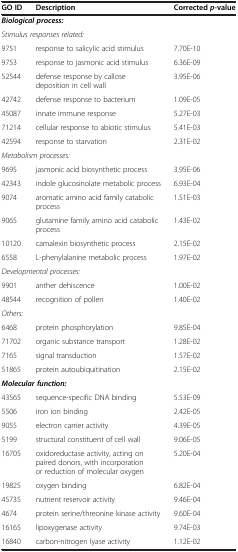
| GO ID | Description | Correctedp-value |
 | --- | --- | --- |
 | <COLSPAN=2> Biological process: |  |
 | <COLSPAN=2> Stimulus responses related: |  |
 | 9751 | response to salicylic acid stimulus | 7.70E-10 |
 | 9753 | response to jasmonic acid stimulus | 6.36E-09 |
 | 52544 | defense response by callose deposition in cell wall | 3.95E-06 |
 | 42742 | defense response to bacterium | 1.09E-05 |
 | 45087 | innate immune response | 5.27E-03 |
 | 71214 | cellular response to abiotic stimulus | 5.41E-03 |
 | 42594 | response to starvation | 2.31E-02 |
 | <COLSPAN=2> Metabolism processes: |  |
 | 9695 | jasmonic acid biosynthetic process | 3.95E-06 |
 | 42343 | indole glucosinolate metabolic process | 6.93E-04 |
 | 9074 | aromatic amino acid family catabolic process | 1.51E-03 |
 | 9065 | glutamine family amino acid catabolic process | 1.43E-02 |
 | 10120 | camalexin biosynthetic process | 2.15E-02 |
 | 6558 | L-phenylalanine metabolic process | 1.97E-02 |
 | <COLSPAN=2> Developmental processes: |  |
 | 9901 | anther dehiscence | 1.00E-02 |
 | 48544 | recognition of pollen | 1.40E-02 |
 | Others: |  |  |
 | 6468 | protein phosphorylation | 9.85E-04 |
 | 71702 | organic substance transport | 1.28E-02 |
 | 7165 | signal transduction | 1.57E-02 |
 | 51865 | protein autoubiquitination | 2.15E-02 |
 | <COLSPAN=2> Molecular function: |  |
 | 43565 | sequence-specific DNA binding | 5.53E-09 |
 | 5506 | iron ion binding | 2.42E-05 |
 | 9055 | electron carrier activity | 4.39E-05 |
 | 5199 | structural constituent of cell wall | 9.06E-05 |
 | 16705 | oxidoreductase activity, acting on paired donors, with incorporation or reduction of molecular oxygen | 5.20E-04 |
 | 19825 | oxygen binding | 6.82E-04 |
 | 45735 | nutrient reservoir activity | 9.46E-04 |
 | 4674 | protein serine/threonine kinase activity | 9.60E-04 |
 | 16165 | lipoxygenase activity | 9.74E-03 |
 | 16840 | carbon-nitrogen lyase activity | 1.12E-02 |